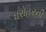
ધરોહરની